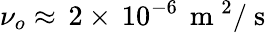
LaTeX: \nu_{o}\approx\, 2\times\, 10^{-6}\, \mathrm{~m~}^{2}/\mathrm{~s~}